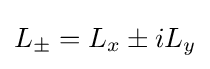
{\textstyle L_{\pm }=L_{x}\pm iL_{y}}